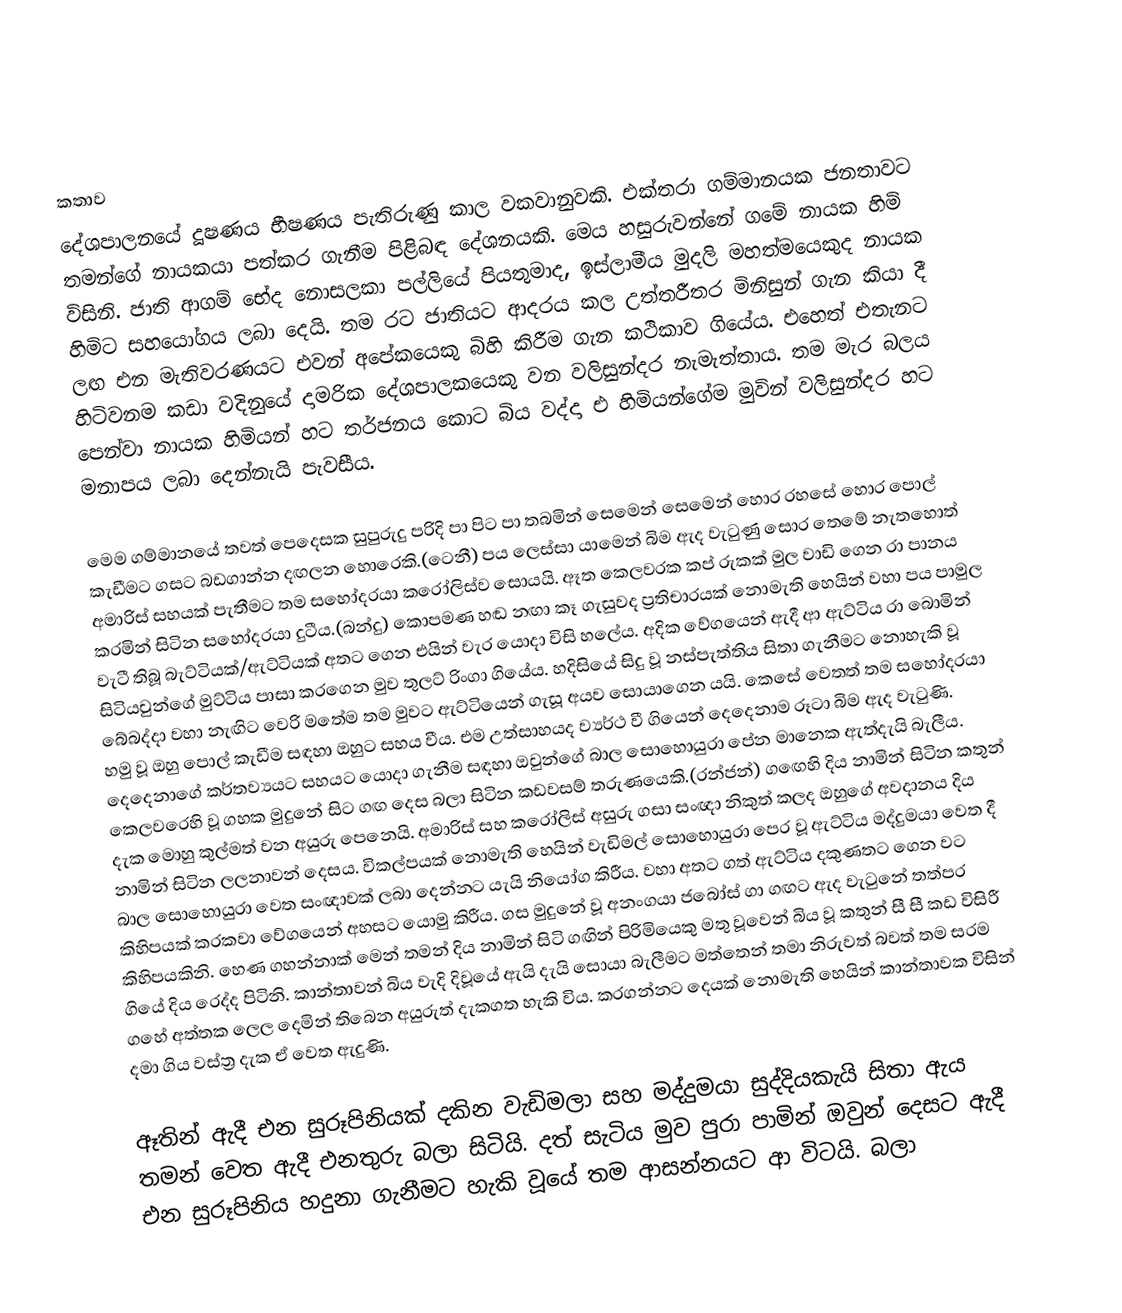

කතාව
දේශපාලනයේ දූෂණය භීෂණය පැතිරුණු කාල වකවානුවකි. එක්තරා ගම්මානයක ජනතාවට තමන්ගේ නායකයා පත්කර ගැනීම පිළිබඳ දේශනයකි. මෙය හසුරුවන්නේ ගමේ නායක හිමි විසිනි. ජාති ආගම් භේද නොසලකා පල්ලියේ පියතුමාද, ඉස්ලාමීය මුදලි මහත්මයෙකුද නායක හිමිට සහයෝගය ලබා දෙයි. තම රට ජාතියට ආදරය කල උත්තරීතර මිනිසුන් ගැන කියා දී ලඟ එන මැතිවරණයට එවන් අපේකයෙකු බිහි කිරීම ගැන කථිකාව ගියේය. එහෙත් එතැනට හිටිවනම කඩා වදිනුයේ දාමරික දේශපාලකයෙකු වන වලිසුන්දර නැමැත්තාය. තම මැර බලය පෙන්වා නායක හිමියන් හට තර්ජනය කොට බිය වද්දා එ හිමියන්ගේම මුවින් වලිසුන්දර හට මනාපය ලබා දෙන්නැයි පැවසීය.

මෙම ගම්මානයේ තවත් පෙදෙසක සුපුරුදු පරිදි පා පිට පා තබමින් සෙමෙන් සෙමෙන් හොර රහසේ හොර පොල් කැඩීමට ගසට බඩගාන්න දඟලන හොරෙකි.(ටෙනී) පය ලෙස්සා යාමෙන් බිම ඇද වැටුණු සොර තෙමේ නැතහොත් අමාරිස් සහයක් පැතීමට තම සහෝදරයා කරෝලිස්ව සොයයි. ඈත කෙලවරක කප් රුකක් මුල වාඩි ගෙන රා පානය කරමින් සිටින සහෝදරයා දුටීය.(බන්දු) කොපමණ හඬ නඟා කෑ ගැසුවද ප්‍රතිචාරයක් නොමැති හෙයින් වහා පය පාමුල වැටී තිබූ බැට්ටියක්/ඇට්ටියක් අතට ගෙන එයින් වැර යොදා විසි හලේය. අදික වේගයෙන් ඇදී ආ ඇට්ටිය රා බොමින් සිටියවුන්ගේ මුට්ටිය පාසා කරගෙන මුව තුලට් රිංගා ගියේය. හදිසියේ සිදු වූ නස්පැත්තිය සිතා ගැනීමට නොහැකි වූ බේබද්දා වහා නැඟිට වෙරි මතේම තම මුවට ඇට්ටියෙන් ගැසූ අයව සොයාගෙන යයි. කෙසේ වෙතත් තම සහෝදරයා හමු වූ ඔහු පොල් කැඩීම සඳහා ඔහුට සහය වීය. එම උත්සාහයද ව්‍යර්ථ වී ගියෙන් දෙදෙනාම රූටා බිම ඇද වැටුණි. දෙදෙනාගේ කර්තව්‍යයට සහයට යොදා ගැනීම සඳහා ඔවුන්ගේ බාල සොහොයුරා පේන මානෙක ඇත්දැයි බැලීය. කෙලවරෙහි වූ ගහක මුදුනේ සිට ගඟ දෙස බලා සිටින කඩවසම් තරුණයෙකි.(රන්ජන්) ගඟෙහි දිය නාමින් සිටින කතුන් දැක මොහු කුල්මත් වන අයුරු පෙනෙයි. අමාරිස් සහ කරෝලිස් අසුරු ගසා සංඥා නිකුත් කලද ඔහුගේ අවදානය දිය නාමින් සිටින ලලනාවන් දෙසය. විකල්පයක් නොමැති හෙයින් වැඩිමල් සොහොයුරා පෙර වූ ඇට්ටිය මද්දුමයා වෙත දී බාල සොහොයුරා වෙත සංඥාවක් ලබා දෙන්නට යැයි නියෝග කිරීය. වහා අතට ගත් ඇට්ටිය දකුණතට ගෙන වට කිහිපයක් කරකවා වේගයෙන් අහසට යොමු කිරීය. ගස මුදුනේ වූ අනංගයා ජබෝස් ගා ගඟට ඇද වැටුනේ තත්පර කිහිපයකිනි. හෙණ ගහන්නාක් මෙන් තමන් දිය නාමින් සිටි ගඟින් පිරිමියෙකු මතු වූවෙන් බිය වූ කතුන් සී සී කඩ විසිරී ගියේ දිය රෙද්ද පිටිනි. කාන්තාවන් බිය වැදි දිවූයේ ඇයි දැයි සොයා බැලීමට මත්තෙන් තමා නිරුවත් බවත් තම සරම ගහේ අත්තක ලෙල දෙමින් තිබෙන අයුරුත් දැකගත හැකි විය. කරගන්නට දෙයක් නොමැති හෙයින් කාන්තාවක විසින් දමා ගිය වස්ත්‍ර දැක ඒ වෙත ඇදුණි.

ඈතින් ඇදී එන සුරූපිනියක් දකින වැඩිමලා සහ මද්දුමයා සුද්දියකැයි සිතා ඇය තමන් වෙත ඇදී එනතුරු බලා සිටියි. දත් සැටිය මුව පුරා පාමින් ඔවුන් දෙසට ඇදී එන සුරූපිනිය හදුනා ගැනීමට හැකි වූයේ තම ආසන්නයට ආ විටයි. බලා